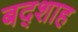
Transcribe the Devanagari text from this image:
बद्शाह